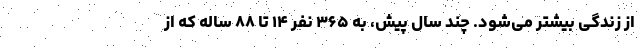
از زندگی بیشتر می‌شود. چند سال پیش، به ۳۶۵ نفر ۱۴ تا ۸۸ ساله که از